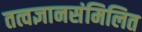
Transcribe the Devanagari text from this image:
तत्वज्ञानसंमिलित